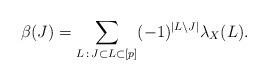
LaTeX: \begin{align*}\beta(J) = \sum_{L\, :\, J \subset L \subset [p]} (-1)^{|L\setminus J|} \lambda_X(L).\end{align*}